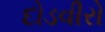
દોડવીરો